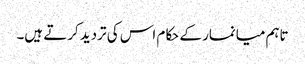
تاہم میانمار کے حکام اس کی تردید کرتے ہیں۔